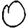
Digit: 0